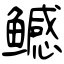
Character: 鳡